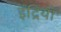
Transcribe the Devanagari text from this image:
इंद्रियॉ